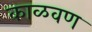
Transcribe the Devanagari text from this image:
काळवण